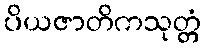
ပိယဇာတိကသုတ္တံ